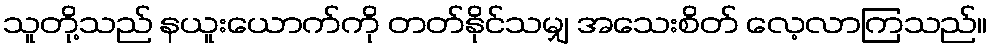
သူတို့သည် နယူးယောက်ကို တတ်နိုင်သမျှ အသေးစိတ် လေ့လာကြသည်။